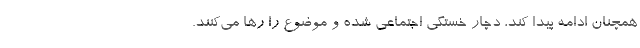
همچنان ادامه پیدا کند، دچار خستگی اجتماعی شده و موضوع را رها می‌کنند.